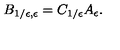
B _ { 1 / \epsilon , \epsilon } = C _ { 1 / \epsilon } A _ { \epsilon } .